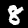
Label: 8